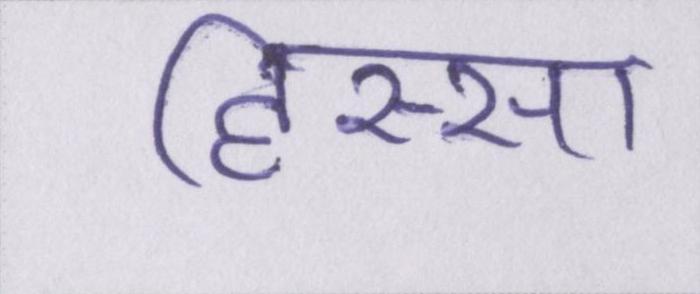
हिस्सा